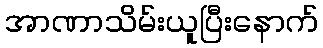
အာဏာသိမ်းယူပြီးနောက်